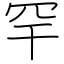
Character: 罕